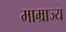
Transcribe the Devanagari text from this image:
माम्राज्य